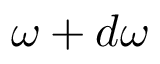
\omega + d \omega